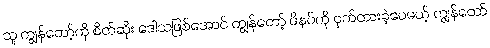
သူ ကျွန်တော့်ကို စိတ်ဆိုး ဒေါသဖြစ်အောင် ကျွန်တော့် ဖိနပ်ကို ဝှက်ထားခဲ့ပေမယ့် ကျွန်တော်